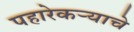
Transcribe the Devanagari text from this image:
पहारेकर्‍याचे